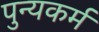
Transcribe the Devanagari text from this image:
पुन्यकर्म